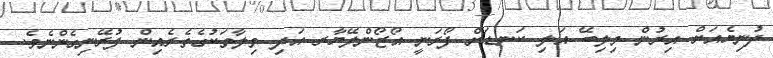
ދުނިޔެއަށް އިރުން މިލިބޭ އަލި ކަނޑަށް ފޯރަނީ އޯޒޯންލޭޔާރ އަދި ވިލާތަކުގެތެރެއިން ފުރޭނިގެންނެވެ.